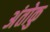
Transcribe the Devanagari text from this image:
अंतोकु